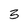
Character: 3